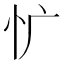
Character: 𰐾